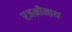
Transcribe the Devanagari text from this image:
रजनीनाथ